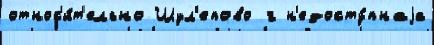
относ'и́т'ельно Шул'епово г н'едосту́пнаjа